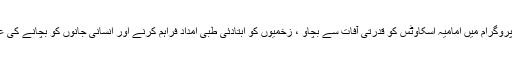
اس تین روزہ تربیتی پروگرام میں امامیہ اسکاوٹس کو قدرتی آفات سے بچاو ، زخمیوں کو ابتادئی طبی امداد فراہم کرنے اور انسانی جانوں کو بچانے کی عملی تربیت دی گئی ۔